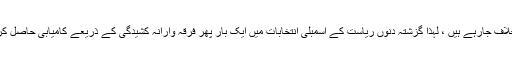
یہ سارے حالات بی جے پی کے خلاف جارہے ہیں ، لہذا گزشتہ دنوں ریاست کے اسمبلی انتخابات میں ایک بار پھر فرقہ وارانہ کشیدگی کے ذریعے کامیابی حاصل کرنے کی سازش کا خدشہ پیدا ہوگیا۔